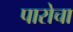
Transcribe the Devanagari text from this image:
पारोचा